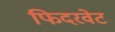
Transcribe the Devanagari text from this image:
फिदरवेट